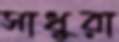
সাধুরা